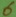
Text: 6